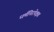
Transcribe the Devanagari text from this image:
धर्मनिरपेक्षव